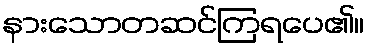
နားသောတဆင်ကြရပေ၏။